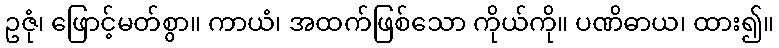
ဥဇုံ၊ ဖြောင့်မတ်စွာ။ ကာယံ၊ အထက်ဖြစ်သော ကိုယ်ကို။ ပဏိဓာယ၊ ထား၍။